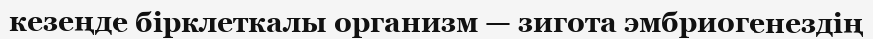
кезеңде бірклеткалы организм — зигота эмбриогенездің